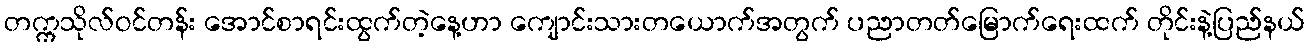
တက္ကသိုလ်ဝင်တန်း အောင်စာရင်းထွက်တဲ့နေ့ဟာ ကျောင်းသားတယောက်အတွက် ပညာတတ်မြောက်ရေးထက် တိုင်းနဲ့ပြည်နယ်